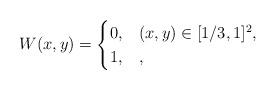
LaTeX: \begin{align*}W(x,y) = \begin{cases}0, & (x,y)\in [1/3, 1]^2, \\1, & ,\end{cases}\end{align*}